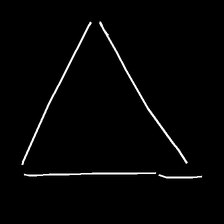
Glyph: convergence